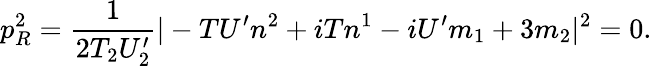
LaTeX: p_{R}^{2}=\frac{1}{2T_{2}U_{2}^{\prime}}|-{T}U^{\prime}n^{2}+i{T}n^{1}-iU^{\prime}m_{1}+3m_{2}|^{2}=0.